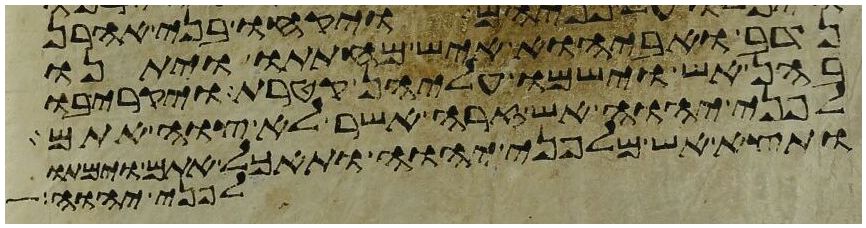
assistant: נדב ואביהוא איש מחתתו ויתנו
בהן אש וישמו עליהן קטרת ויקריבו
לפני יהוה אש זרה אשר לא צוה אתם
ותצא אש מלפני יהוה ותאכל אתם וימתו
לפני יהוה